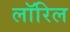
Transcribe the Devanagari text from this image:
लॉरिल